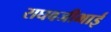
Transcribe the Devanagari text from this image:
राघवजीभाई